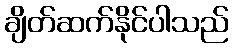
ချိတ်ဆက်နိုင်ပါသည်